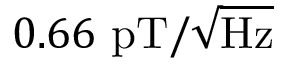
0 . 6 6 ~ \mathrm { p T / \sqrt \mathrm { H z } }